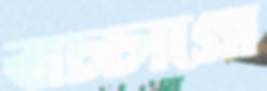
বাচ্চাগো